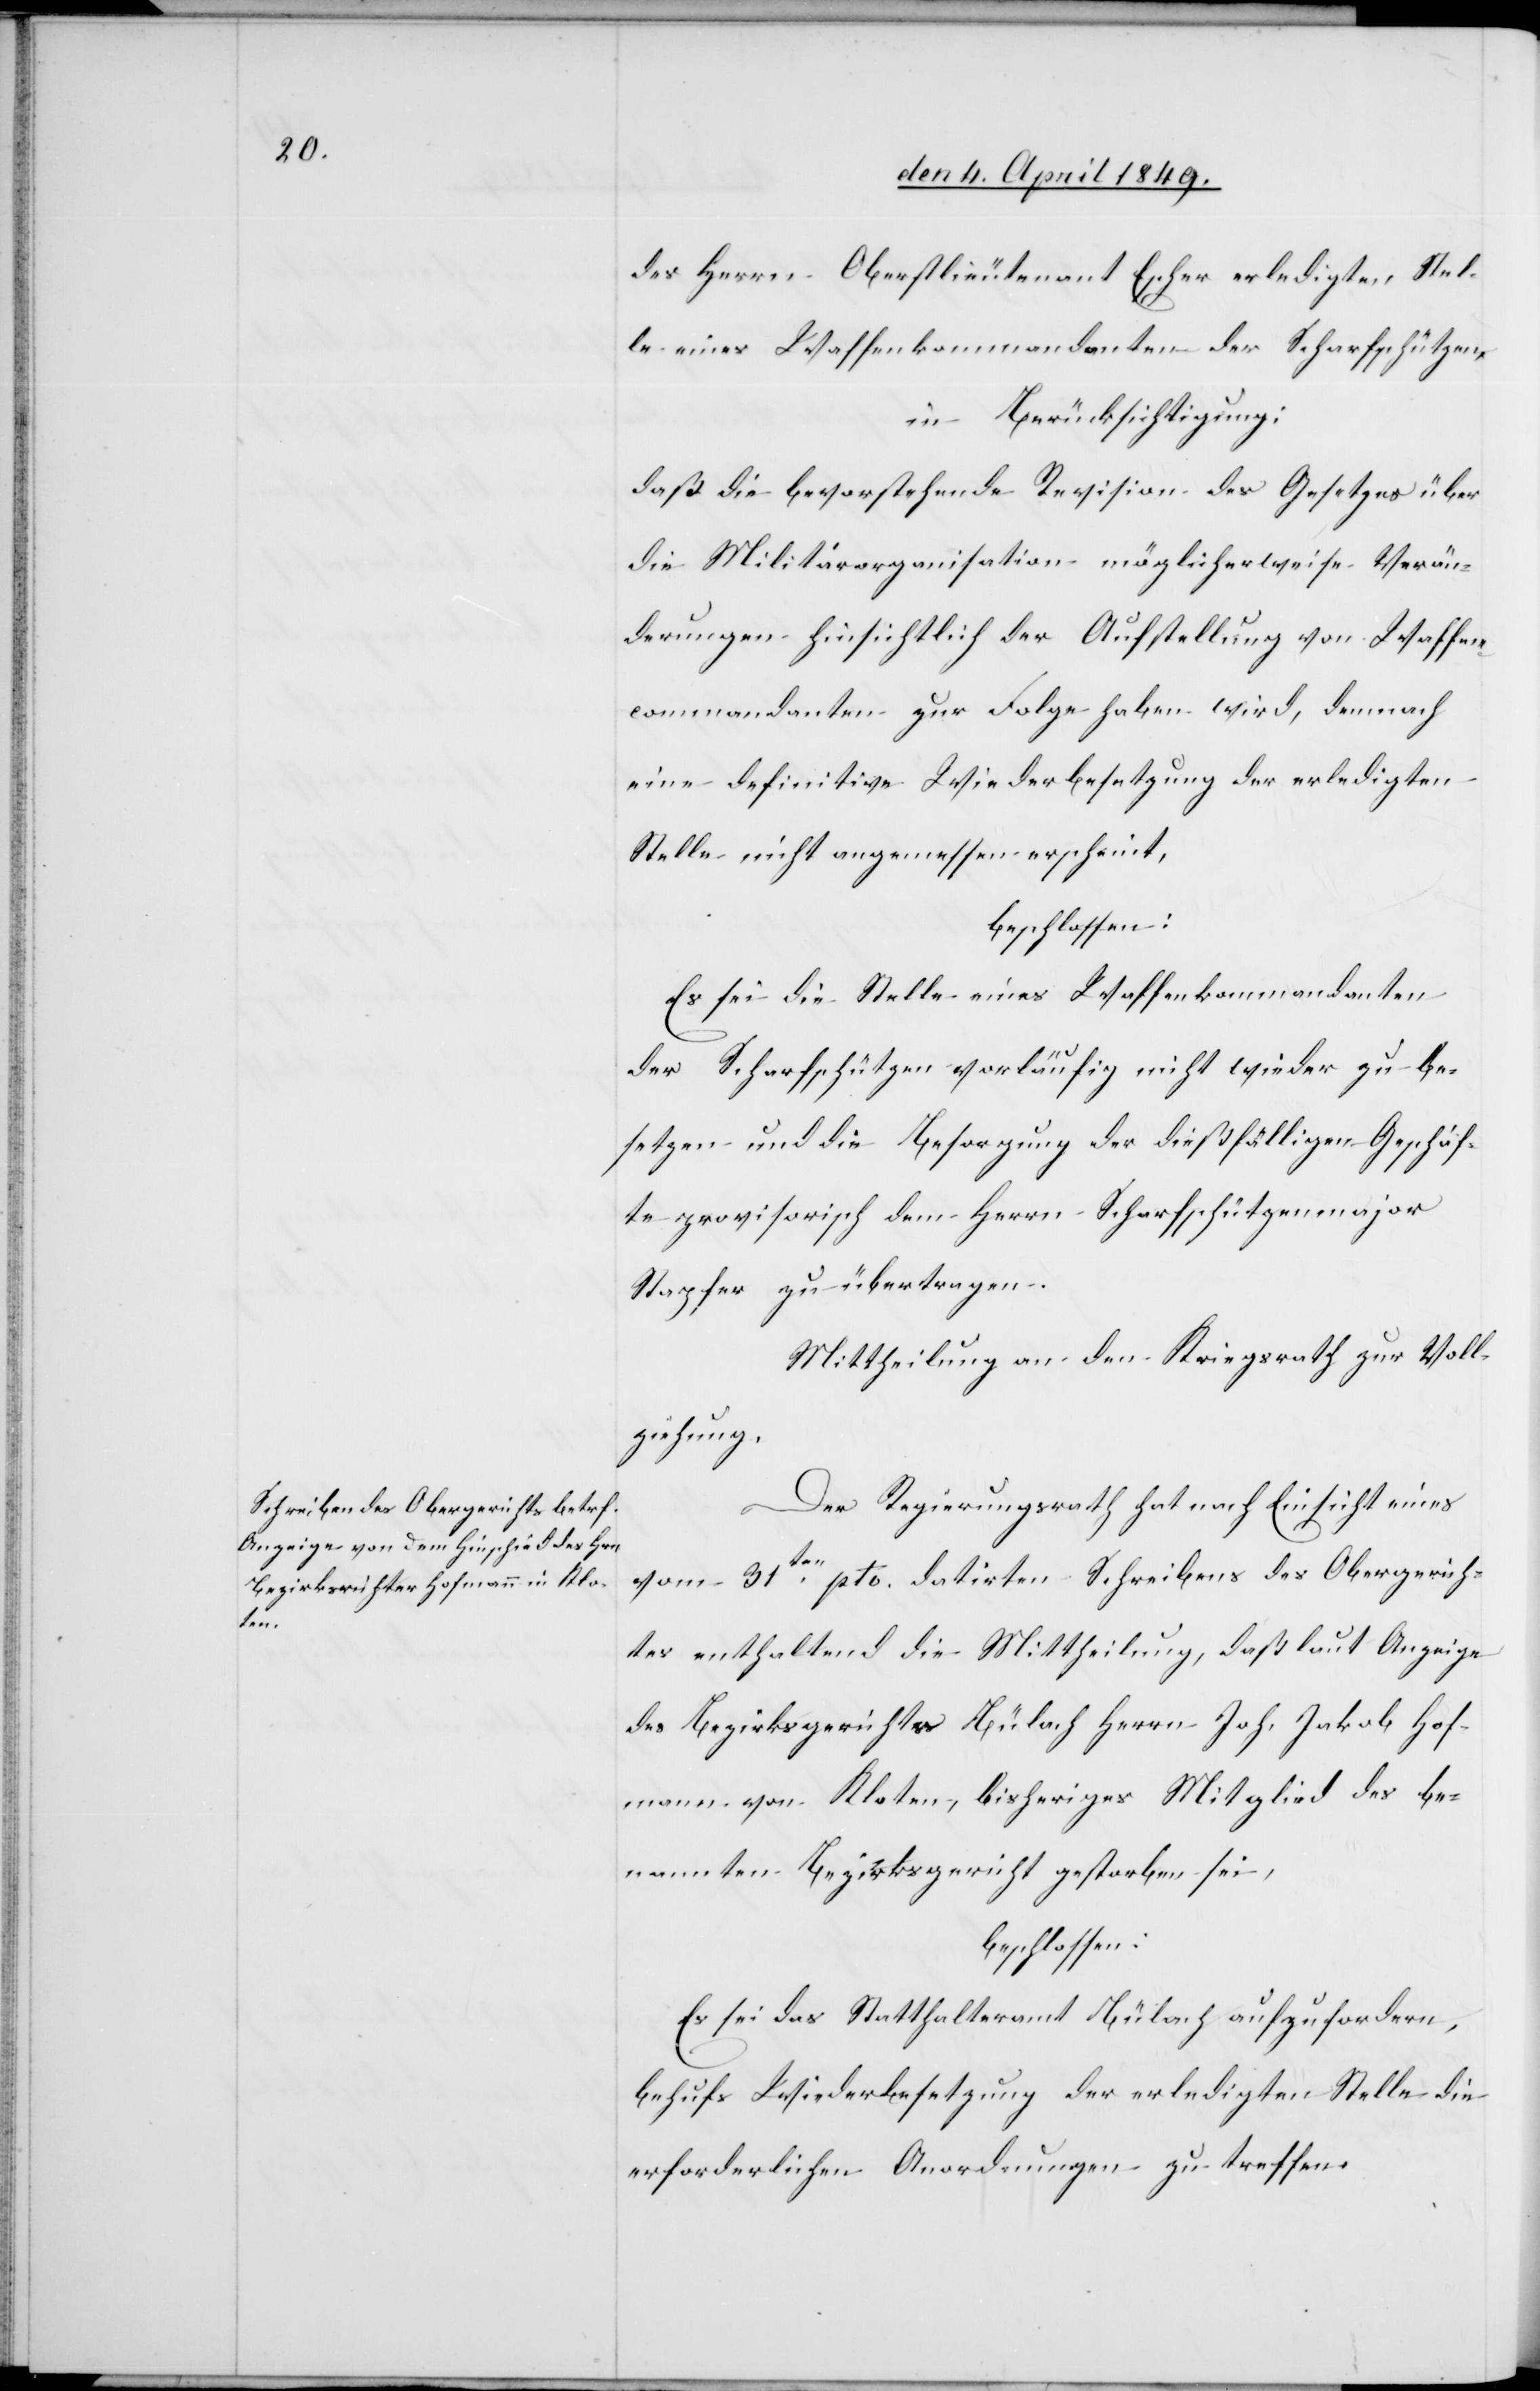
des Herrn Oberstlieutenant Escher erledigten Stel¬
le eines Waffenkommandanten der Scharfschützen,
in Berücksichtigung:
daß die bevorstehende Revision des Gesetzes über
die Militärorganisation möglicherweise Verän¬
derungen hinsichtlich der Aufstellung von Waffen¬
commandanten zur Folge haben wird, demnach
eine definitive Wiederbesetzung der erledigten
Stelle nicht angemessen erscheint,
beschlossen:
Es sei die Stelle eines Waffenkommandanten
der Scharfschützen vorläufig nicht wieder zu be¬
setzen und die Besorgung der dießfälligen Geschäf¬
te provisorisch dem Herrn Scharfschützenmajor
Stapfer zu übertragen.
Mittheilung an den Kriegsrath zur Voll¬
ziehung.
Der Regierungsrath hat nach Einsicht eines
vom 31ten pto. datirten Schreibens des Obergerich¬
tes enthaltend die Mittheilung, daß laut Anzeige
des Bezirksgerichtes Bülach Herrn Joh. Jakob Hof¬
mann von Kloten, bisheriges Mitglied des be¬
nannten Bezirksgericht gestorben sei,
beschlossen:
Es sei das Statthalteramt Bülach aufzufordern,
behufs Wiederbesetzung der erledigten Stelle die
erforderlichen Anordnungen zu treffen.